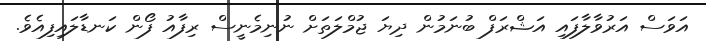
އަވަސް އަރުވާލާފައި އަޝްރަފް ބުނަމުން ދިޔަ ޖުމްލަތަށް ނުނިމެނީސް ރިފާއު ފޯން ކަނޑާލައިފިއެވެ.